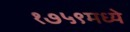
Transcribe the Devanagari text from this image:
१७५९मध्ये